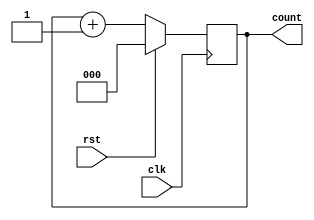
module counter2 ( count,rst,clk);
input rst, clk;
output reg [2:0] count;
always @(posedge (clk))
if (rst)
count<= 3'b000;
else
count<= count + 1;
endmodule